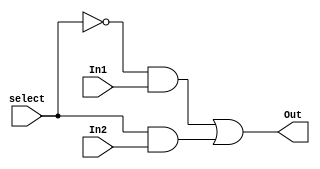
module mux_2to1(In1, In2, select, Out);
    input In1, In2, select;
    output Out;
    
    assign Out=(!select&In1) | (select&In2);
    
endmodule